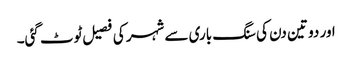
اور دو تین دن کی سنگ باری سے شہر کی فصیل ٹوٹ گئی۔